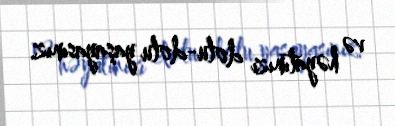
və həyatınızı dolu-dolu yaşayasınız.